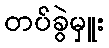
တပ်ခွဲမှူး